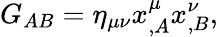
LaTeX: G_{AB}=\eta_{\mu\nu}x_{,A}^{\mu}x_{,B}^{\nu},